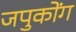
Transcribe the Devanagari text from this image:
जपुकोंग